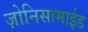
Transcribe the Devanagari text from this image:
ज़ोनिसामाईड